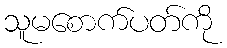
သူမစောက်ပတ်ကို